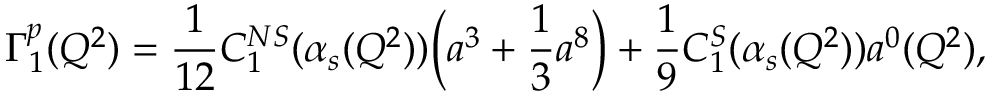
\Gamma _ { 1 } ^ { p } ( Q ^ { 2 } ) = \frac { 1 } { 1 2 } C _ { 1 } ^ { N S } ( \alpha _ { s } ( Q ^ { 2 } ) ) \bigg ( a ^ { 3 } + \frac { 1 } { 3 } a ^ { 8 } \bigg ) + \frac { 1 } { 9 } C _ { 1 } ^ { S } ( \alpha _ { s } ( Q ^ { 2 } ) ) a ^ { 0 } ( Q ^ { 2 } ) ,